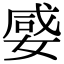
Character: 𡞣